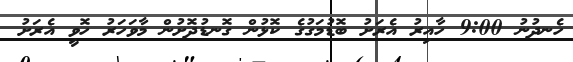
ހެނދުނު 9:00 ހާއިރު އެރަށު ބޮޑުމަގުގެ ކޮޅުން ގޮނޑުދޮށުން މާވަހަރު ހޮވީ އެރަށު